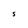
Character: S